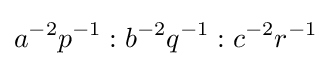
a^{-2}p^{-1}:b^{-2}q^{-1}:c^{-2}r^{-1}